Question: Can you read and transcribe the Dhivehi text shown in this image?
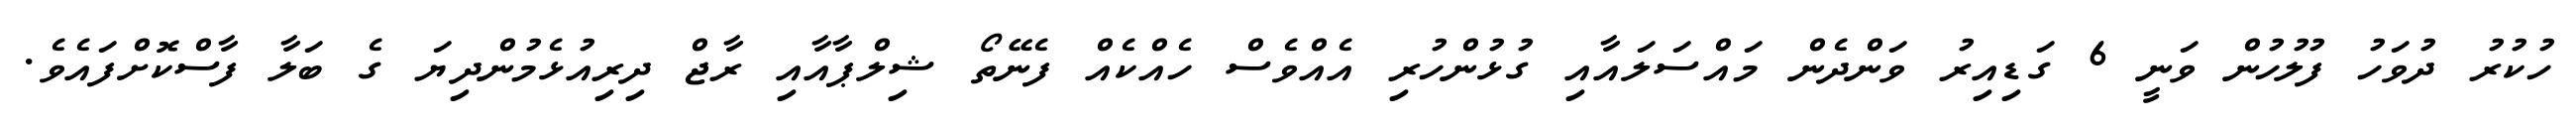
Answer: ހުކުރު ދުވަހު ފުލުހުން ވަނީ 6 ގަޑިއިރު ވަންދެން މައްސަލައާއި ގުޅުންހުރި އެއްވެސް ހެއްކެއް ފެނޭތޯ ޝިލްޕާއާއި ރާޖް ދިރިއުޅެމުންދިޔަ ގެ ބަލާ ފާސްކޮށްފައެވެ.